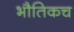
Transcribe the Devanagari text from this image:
भौतिकच